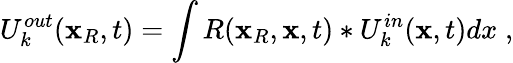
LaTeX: U_{k}^{out}(\textbf{x}_{R},t)=\int R(\textbf{x}_{R},\textbf{x},t)\ast U_{k}^{in}(\textbf{x},t)dx\; ,